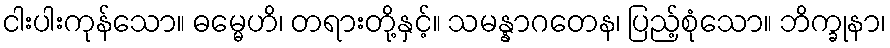
ငါးပါးကုန်သော။ ဓမ္မေဟိ၊ တရားတို့နှင့်။ သမန္နာဂတေန၊ ပြည့်စုံသော။ ဘိက္ခုနာ၊